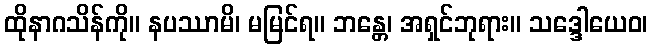
ထိုနာဂသိန်ကို။ နပဿာမိ၊ မမြင်ရ။ ဘန္တေ၊ အရှင်ဘုရား။ သဒ္ဒေါယေဝ၊